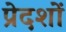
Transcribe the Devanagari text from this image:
प्रेदशों